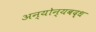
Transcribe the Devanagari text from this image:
अन्योन्यबद्ध